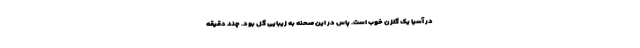
در آسیا یک گلزن خوب است. پاس در این صحنه به زیبایی گل بود. چند دقیقه